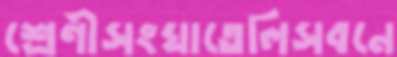
শ্রেণীসংঘাতেলিসবনে